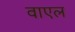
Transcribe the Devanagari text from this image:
वाएल